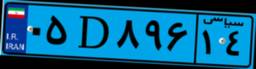
۰۵D۸۹۶۱۴